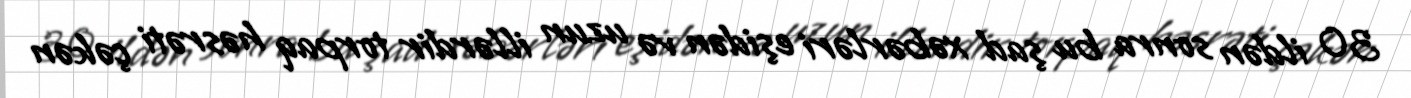
30 ildən sonra bu şad xəbərləri eşidən və uzun illərdir torpaq həsrəti çəkən